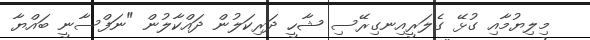
މިލިޔުމާއި ގުޅޭ ގެލަރީއިނގިރޭސި ޝާހީ ދަރިކަލުން ދައްކާލުން "ނަފްސާނީ ބައްޔާ